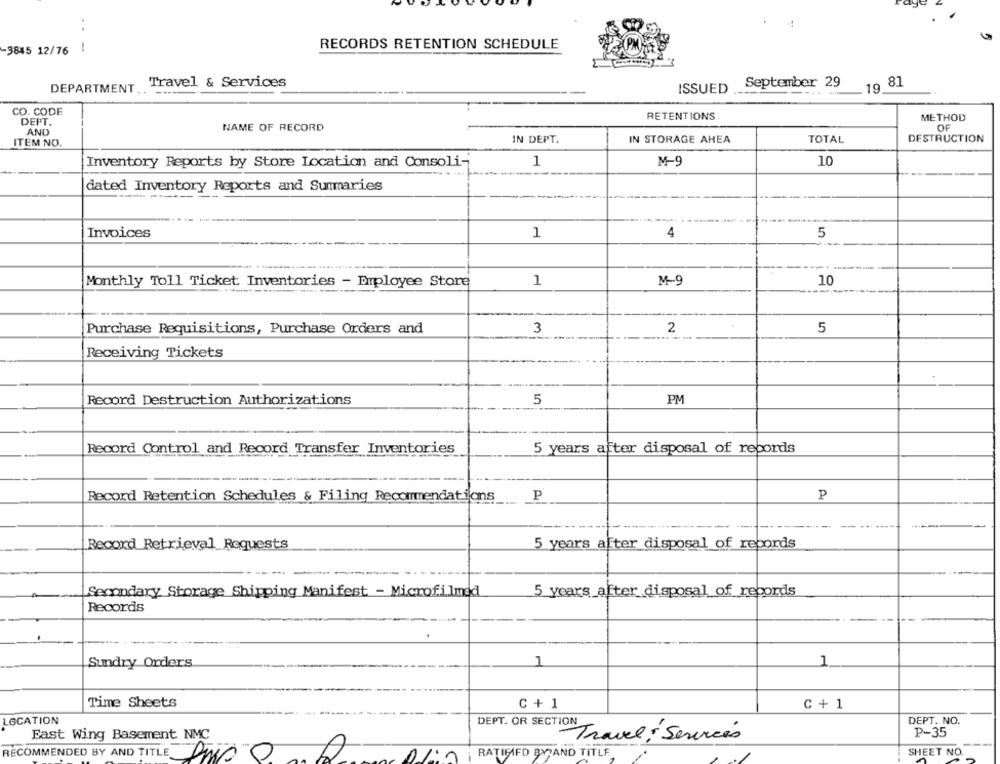
RECORDS RETENTION SCHEDULE
-3845 12/76
Travel & Services
September 29
19 81
DEPARTMENT
ISSUED
CO. CODE
RETENTIONS
DEPT.
METHOD
AND
NAME OF RECORD
OF
DESTRUCTION
ITEM NO.
IN DEPT.
IN STORAGE AREA
TOTAL
1
10
Inventory Reports by Store Location and Consoli-
M-9
dated Inventory Reports and Summaries
Invoices
1
4
5
-
Monthly Toll Ticket Inventories - Employee Store
1
M-9
10
3
2
5
Purchase Requisitions, Purchase Orders and
Receiving Tickets
Record Destruction Authorizations
5
PM
Record Control and Record Transfer Inventories
5 years after disposal of repords
Record Retention Schedules & Filing Recommendations
P
P
Record Retrieval Requests
5 years after disposal of records
Secondary Storage Shipping Manifest - Microfilmed
5 years after disposal of rebords
Records
Sundry Orders
1
1
Time Sheets
C+1
C+ 1
LOCATION
DEPT. NO.
P-35
East Wing Basement NMC
DEPT. OR SECTION Travel : Services
SHEET NO.
RECOMMENDED BY AND TITLE DAS
RATIFIED BY AND TITLE